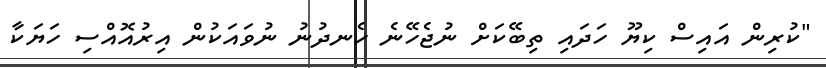
"ކުރިން އައިސް ކިޔޫ ހަދައި ތިބޭކަށް ނުޖެހޭނެ ހެނދުނު ނުވައަކުން އިރުއޮއްސި ހަޔަކާ